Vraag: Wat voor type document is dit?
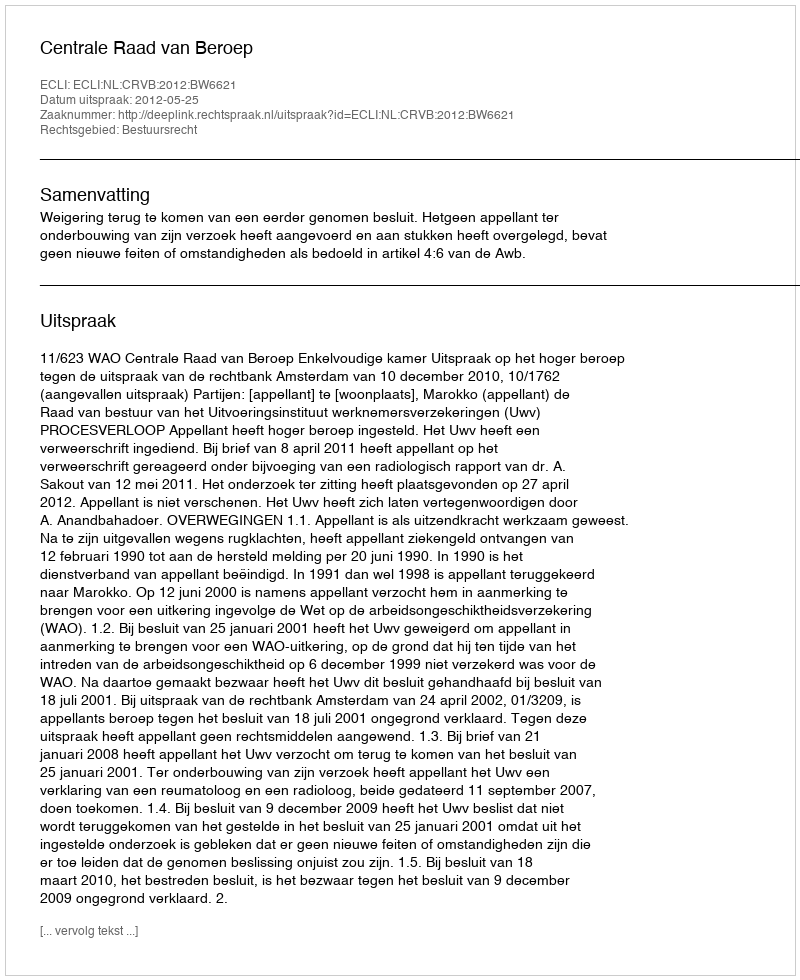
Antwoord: Uitspraak